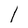
Character: l